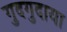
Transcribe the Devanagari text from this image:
गुदगुदाया